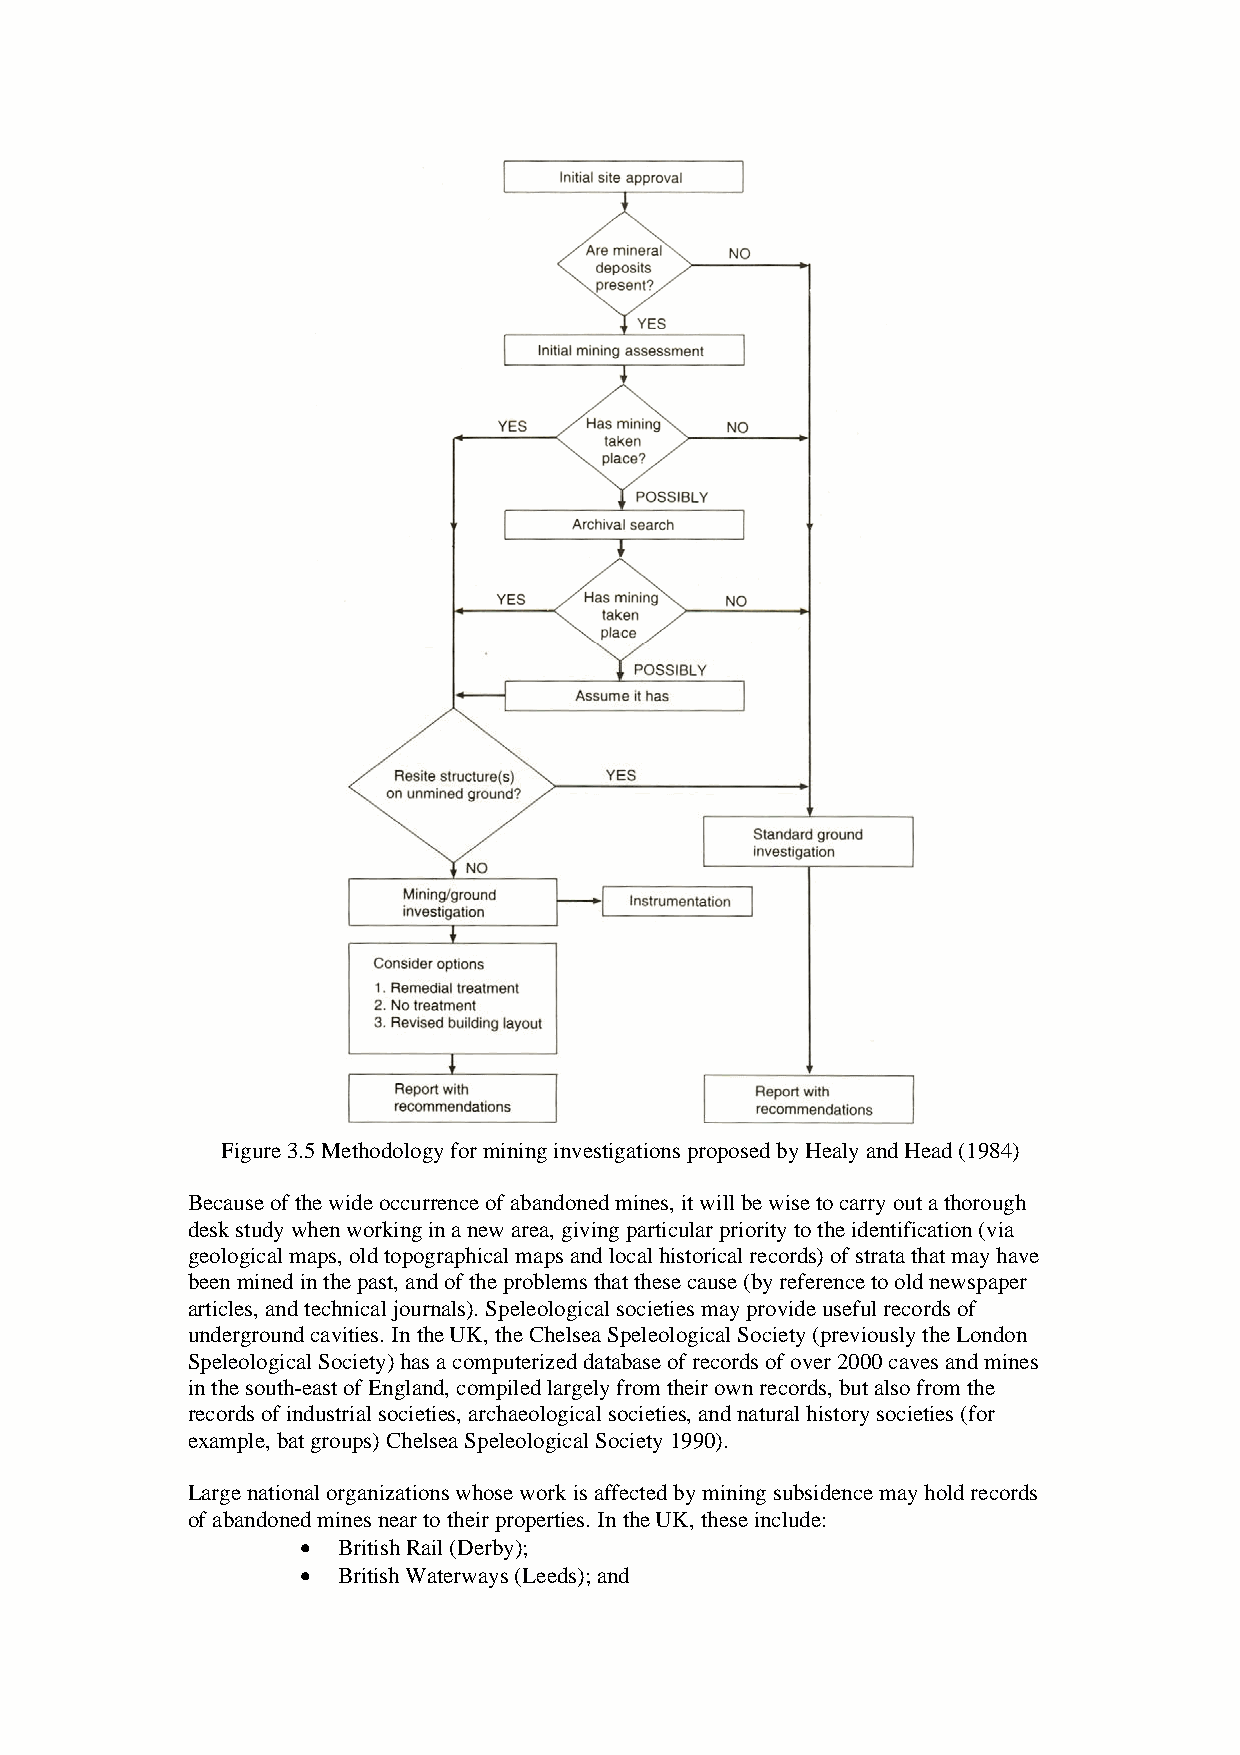
Figure 3.5 Methodology for mining investigations proposed by Healy and Head (1984)
 Because of the wide occurrence of abandoned mines, it will be wise to carry out a thorough
 desk study when working in a new area, giving particular priority to the identification (via
 geological maps, old topographical maps and local historical records) of strata that may have
 been mined in the past, and of the problems that these cause (by reference to old newspaper
 articles, and technical journals). Speleological societies may provide useful records of
 underground cavities. In the UK, the Chelsea Speleological Society (previously the London
 Speleological Society) has a computerized database of records of over 2000 caves and mines
 in the south-east of England, compiled largely from their own records, but also from the
 records of industrial societies, archaeological societies, and natural history societies (for
 example, bat groups) Chelsea Speleological Society 1990).
 Large national organizations whose work is affected by mining subsidence may hold records
 of abandoned mines near to their properties. In the UK, these include:
 • British Rail (Derby);
 • British Waterways (Leeds); and